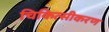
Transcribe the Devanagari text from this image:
चिकित्सीकरण